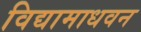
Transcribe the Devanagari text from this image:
विद्यामाधवन